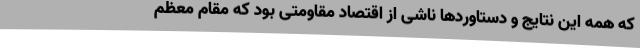
که همه این نتایج و دستاوردها ناشی از اقتصاد مقاومتی بود که مقام معظم